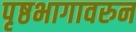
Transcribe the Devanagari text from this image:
पृष्ठभागावरुन